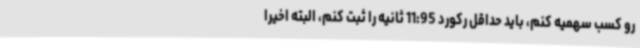
رو کسب سهمیه کنم، باید حداقل رکورد 11:95 ثانیه را ثبت کنم، البته اخیرا